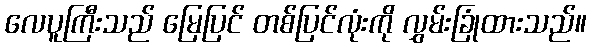
လေပူကြီးသည် မြေပြင် တစ်ပြင်လုံးကို လွှမ်းခြုံထားသည်။